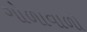
ગોળાવાળો